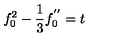
f _ { 0 } ^ { 2 } - \frac { 1 } { 3 } f _ { 0 } ^ { ' ^ { \prime } } = t